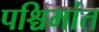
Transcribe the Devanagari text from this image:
पश्चिमांत